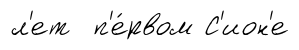
л'ет п'е́рвом С'ион'е